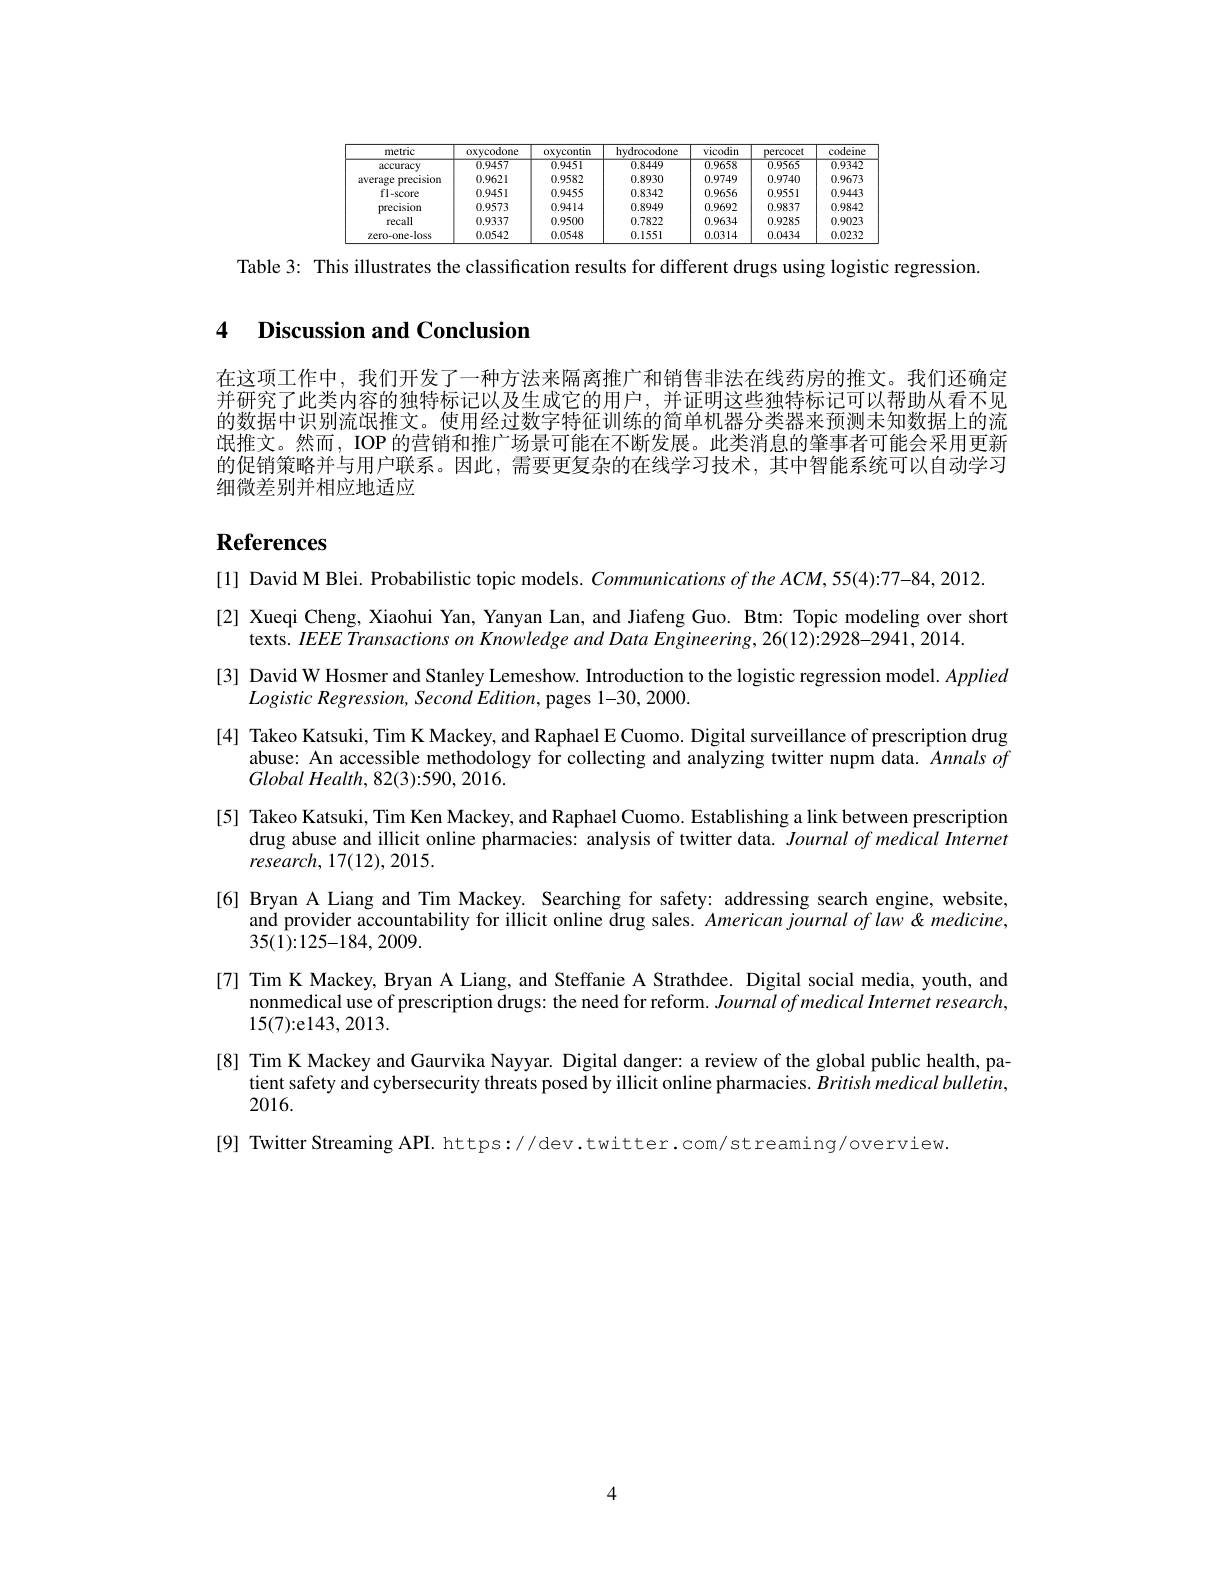
<table>
	<tbody>
		<tr>
			<th>metric</th>
			<th>oxycodone</th>
			<th>oxycontin</th>
			<th>hydrocodone</th>
			<th>vicodin</th>
			<th>percocet</th>
			<th>codeine</th>
		</tr>
		<tr>
			<td>accuracy</td>
			<td>0.9457</td>
			<td>0.9451</td>
			<td>0.8449</td>
			<td>$\overline{0.9658}$</td>
			<td>0.9565</td>
			<td>0.9342</td>
		</tr>
		<tr>
			<td>precision average</td>
			<td>0.9621</td>
			<td>0.9582</td>
			<td>0.8930</td>
			<td>0.9749</td>
			<td>0.9740</td>
			<td>0.9673</td>
		</tr>
		<tr>
			<td>fl-score</td>
			<td>0.9451</td>
			<td>0.9455</td>
			<td>0.8342</td>
			<td>0.9656</td>
			<td>0.9551</td>
			<td>0.9443</td>
		</tr>
		<tr>
			<td>precision</td>
			<td>0.9573</td>
			<td>0.9414</td>
			<td>0.8949</td>
			<td>0.9692</td>
			<td>0.9837</td>
			<td>0.9842</td>
		</tr>
		<tr>
			<td>recall</td>
			<td>0.9337</td>
			<td>0.9500</td>
			<td>0.7822</td>
			<td>0.9634</td>
			<td>0.9285</td>
			<td>0.9023</td>
		</tr>
		<tr>
			<td>zero-one-loss</td>
			<td>0.0542</td>
			<td>0.0548</td>
			<td>0.1551</td>
			<td>0.0314</td>
			<td>0.0434</td>
			<td>0.0232</td>
		</tr>
	</tbody>
</table>

Table 3: This illustrates the classification results for different drugs using logistic regression.

# 4 Discussion and Conclusion

在这项工作中，我们开发了一种方法来隔离推广和销售非法在线药房的推文。我们还确定并研究了此类内容的独特标记以及生成它的用户，并证明这些独特标记可以帮助从看不见的数据中识别流氓推文。使用经过数字特征训练的简单机器分类器来预测未知数据上的流氓推文。然而，IOP 的营销和推广场景可能在不断发展。此类消息的肇事者可能会采用更新的促销策略并与用户联系。因此，需要更复杂的在线学习技术，其中智能系统可以自动学习细微差别并相应地适应

# References

[1] David M Blei. Probabilistic topic models. $CommunicationsoftheACM,55(4):77-84,2012$
[2] Xueqi Cheng, Xiaohui Yan, Yanyan Lan, and Jiafeng Guo. Btm: Topic modeling over short
texts. IEEE Transactions on Knowledge and Data Engineering, 26(12):2928-2941, 2014.
[3] David W Hosmer and Stanley Lemeshow. Introduction to the logistic regression model. Applied
Logistic $Regression$, Second $Edition$, pages 1- 30,  2000.
[4] Takeo Katsuki, Tim K Mackey, and Raphael E Cuomo. Digital surveillance of prescription drug
abuse: An accessible methodology for collecting and analyzing twitter nupm data. Annalsof
Global $Health$, 82(3):590, 2016.
[5] Takeo Katsuki, Tim Ken Mackey, and Raphael Cuomo. Establishing a link between prescription
drug abuse and illicit online pharmacies: analysis of twitter data. Journal of medical Internet
$research,17(12),2015.$
[6] Bryan A Liang and Tim Mackey. Searching for safety: addressing search engine, website,
and provider accountability for illicit online $\tilde{\text{drug sales. Americanjournaloflaw}}\&medicine$,
35(1){:}125{-}184,2009.
[7] Tim K Mackey, Bryan A Liang, and Steffanie A Strathdee. Digital social media, youth, and
nonmedical use of prescription drugs: the need for reform. Journal of medical Internet research,
15(7){:}el43,2013.
[8] Tim K Mackey and Gaurvika Nayyar. Digital danger: a review of the global public health, pa-
tient safety and cybersecurity threats posed by illicit online pharmacies. British medical bulletin,
2016.
[9] Twitter Streaming API. https://dev.twitter.com/streaming/overview